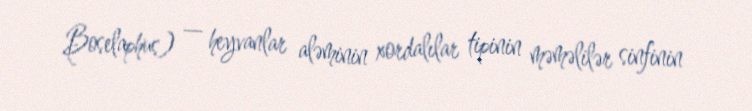
Boselaphus) — heyvanlar aləminin xordalılar tipinin məməlilər sinfinin